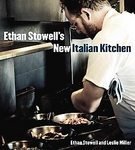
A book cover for Ethan Stowell's New Italian Kitchen: Bold Cooking from Seattle's Anchovies & Olives, How to Cook A Wolf, Staple & Fancy Mercantile, and TavolÃ ta [Hardcover]; Ethan Stowell  (Author) Leslie Miller (Author); Cookbooks, Food & Wine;